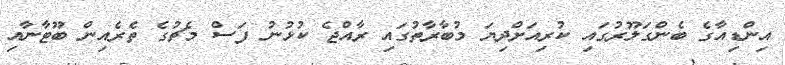
އިންޑިއާގެ ބެންގަލޫރުގައި ކުރިއަށްދިޔަ މުބާރާތުގައި ރާއްޖެ ކުޅުނު ފަސް މެޗުގެ ތެރެއިން ބޫޓާނާއި